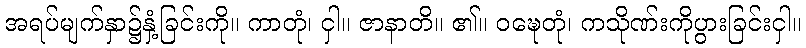
အရပ်မျက်နှာ၌နှံ့ခြင်းကို။ ကာတုံ၊ ငှါ။ ဇာနာတိ။ ၏။ ဝဍ္ဎေတုံ၊ ကသိုဏ်းကိုပွားခြင်းငှါ။